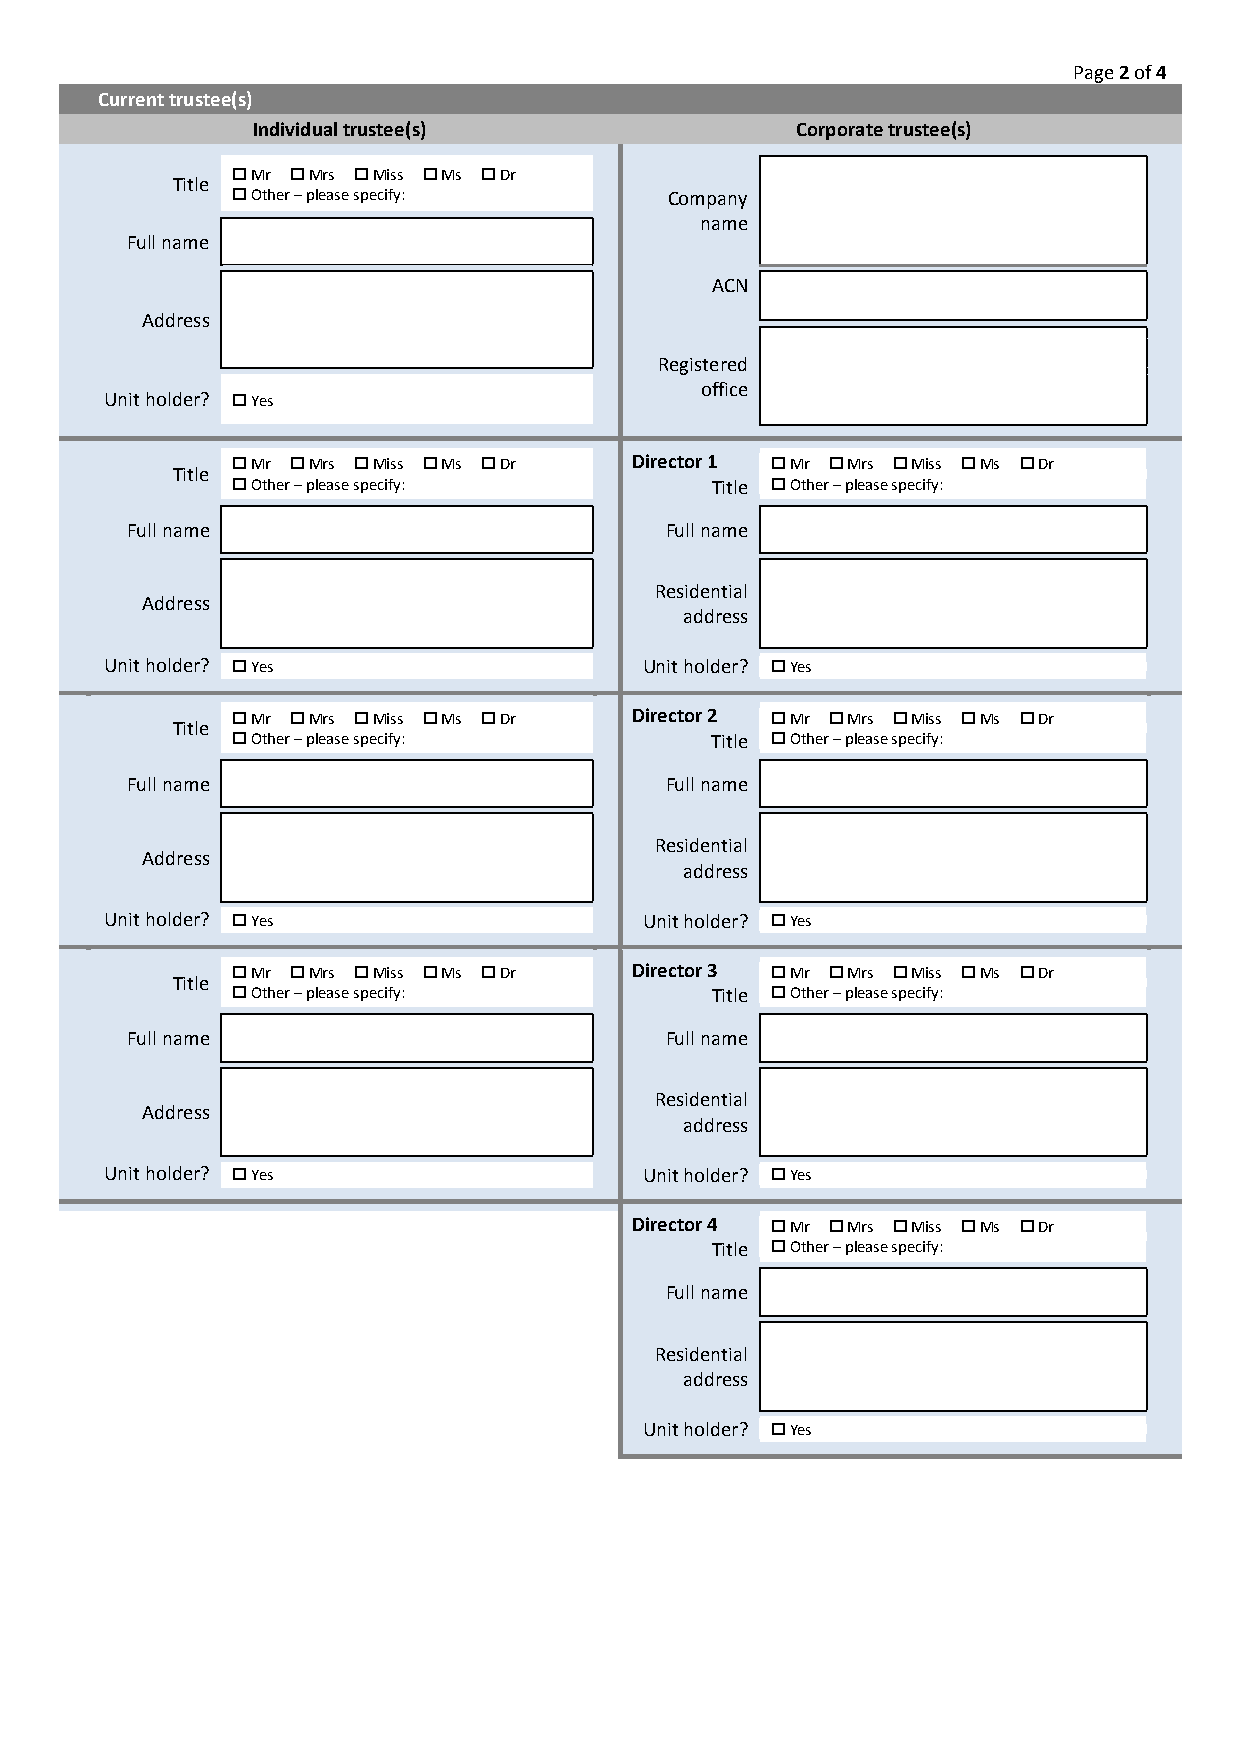
Page 2 of 4
 Current trustee(s)
 Individual trustee(s)               Corporate trustee(s)
  Mr  Mrs  Miss  Ms  Dr
 Title
  Other – please specify:    Company
 name
 Full name
 ACN
 Address
 Registered
 office
 Unit holder?  Yes
  Mr  Mrs  Miss  Ms  Dr Director 1  Mr  Mrs  Miss  Ms  Dr
 Title
  Other – please specify:       Title  Other – please specify:
 Full name                           Full name
 Residential
 Address
 address
 Unit holder?  Yes                  Unit holder?  Yes
  Mr  Mrs  Miss  Ms  Dr Director 2  Mr  Mrs  Miss  Ms  Dr
 Title
  Other – please specify:       Title  Other – please specify:
 Full name                           Full name
 Residential
 Address
 address
 Unit holder?  Yes                  Unit holder?  Yes
  Mr  Mrs  Miss  Ms  Dr Director 3  Mr  Mrs  Miss  Ms  Dr
 Title
  Other – please specify:       Title  Other – please specify:
 Full name                           Full name
 Residential
 Address
 address
 Unit holder?  Yes                  Unit holder?  Yes
 Director 4  Mr  Mrs  Miss  Ms  Dr
 Title  Other – please specify:
 Full name
 Residential
 address
 Unit holder?  Yes